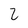
Character: 2